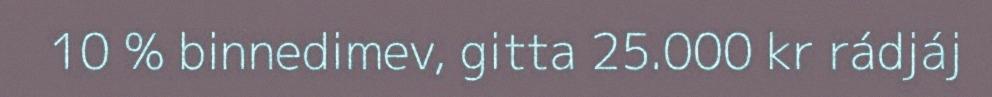
10 % binnedimev, gitta 25.000 kr rádjáj